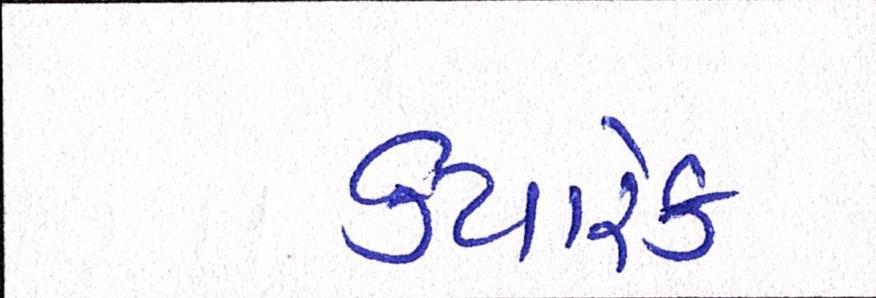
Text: ક્યારેક